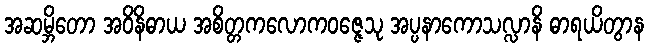
အဆမ္ဘိတော အဝိနိဓာယ အစိတ္တကလောကဝဇ္ဇေသု အပ္ပနာကောသလ္လာနိ ဓာရယိတွာန